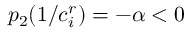
p _ { 2 } ( 1 / c _ { i } ^ { r } ) = - { \alpha } < 0